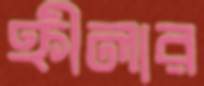
হ্নীলার